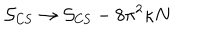
{ \cal S } _ { \mathrm { C S } } \to { \cal S } _ { \mathrm { C S } } - 8 \pi ^ { 2 } \kappa N